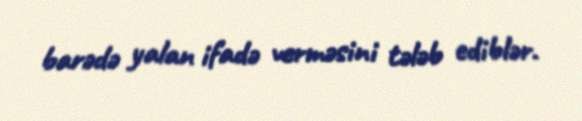
barədə yalan ifadə verməsini tələb ediblər.